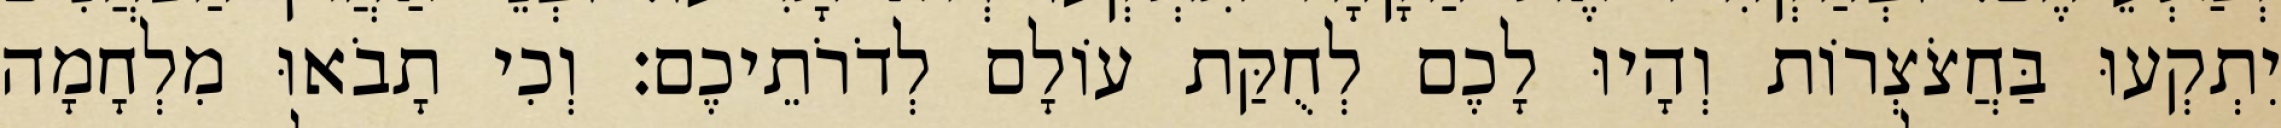
יִתְקְעוּ בַּחֲצֹצְרוֹת וְהָיוּ לָכֶם לְחֻקַּת עוֹלָם לְדֹרֹתֵיכֶם׃ וְכִי תָבֹאוּ מִלְחָמָה